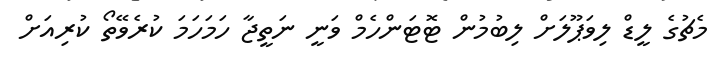
މެޗުގެ ލީޑް ލިވަޕޫލަށް ލިބުމުން ޓޮޓަންހެމް ވަނީ ނަތީޖާ ހަމަހަމަ ކުރެވޭތޯ ކުރިއަށް